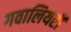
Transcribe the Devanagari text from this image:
गवालियरी